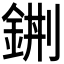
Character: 𨦿